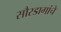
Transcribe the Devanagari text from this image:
सौरडागांचे